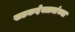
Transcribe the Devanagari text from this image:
खडकदेवळ्यांच्या